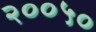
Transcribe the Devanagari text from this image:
२००५०